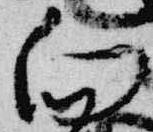
向